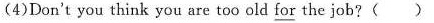
(4)Don't you think you are too old for the job?( )